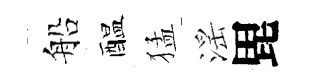
船醖猛滛毘